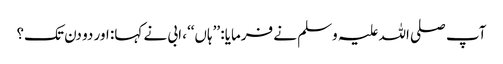
آپ صلی اللہ علیہ وسلم نے فرمایا: ’’ہاں‘‘، ابی نے کہا: اور دو دن تک؟